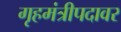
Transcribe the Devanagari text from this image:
गृहमंत्रीपदावर